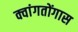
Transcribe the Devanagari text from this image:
क्वांगतोंगास